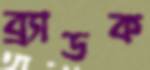
ব্র্যাডক